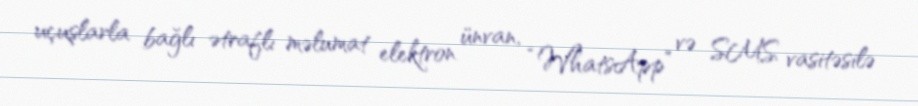
uçuşlarla bağlı ətraflı məlumat elektron ünvan, “WhatsApp” və SMS vasitəsilə